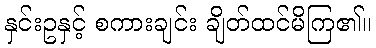
နှင်းဥနှင့် စကားချင်း ချိတ်ထင်မိကြ၏။